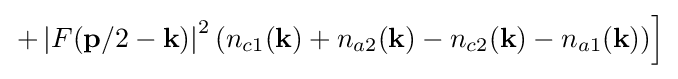
\left.+\left|F(\mathbf {p} /2-\mathbf {k} )\right|^{2}(n_{c1}(\mathbf {k} )+n_{a2}(\mathbf {k} )-n_{c2}(\mathbf {k} )-n_{a1}(\mathbf {k} ))\right]